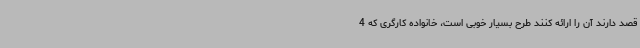
قصد دارند آن را ارائه کنند طرح بسیار خوبی است، خانواده کارگری که 4